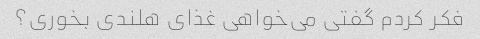
فکر کردم گفتی می‌خواهی غذای هلندی بخوری؟